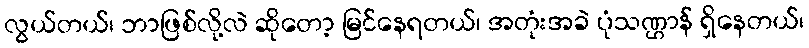
လွယ်တယ်၊ ဘာဖြစ်လို့လဲ ဆိုတော့ မြင်နေရတယ်၊ အတုံးအခဲ ပုံသဏ္ဌာန် ရှိနေတယ်၊